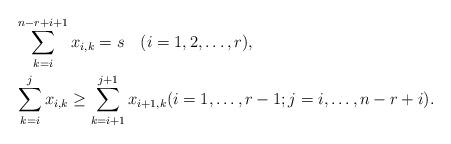
LaTeX: \begin{align*}&\sum_{k=i}^{n-r+i+1}x_{i,k}=s\quad(i=1,2,\ldots,r), \\&\sum_{k=i}^jx_{i,k}\ge\sum_{k=i+1}^{j+1}x_{i+1,k}(i=1,\ldots,r-1;j=i,\ldots,n-r+i). \end{align*}